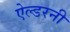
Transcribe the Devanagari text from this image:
ऐल्डरनी